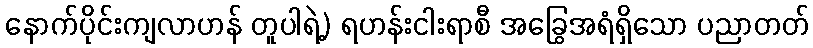
နောက်ပိုင်းကျလာဟန် တူပါရဲ့) ရဟန်းငါးရာစီ အခြွေအရံရှိသော ပညာတတ်